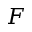
F